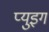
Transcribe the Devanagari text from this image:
प्युइग